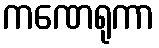
ကဏေရုကာ